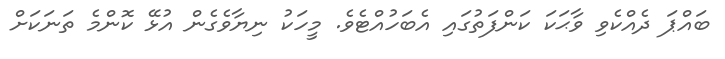
ބައްޕަ ދެއްކެވި ވާޙަކަ ކަންފަތުގައި އެބަހުއްޓެވެ. މީހަކު ނިޔާވެގެން އުޅޭ ކޮންމެ ތަނަކަށް